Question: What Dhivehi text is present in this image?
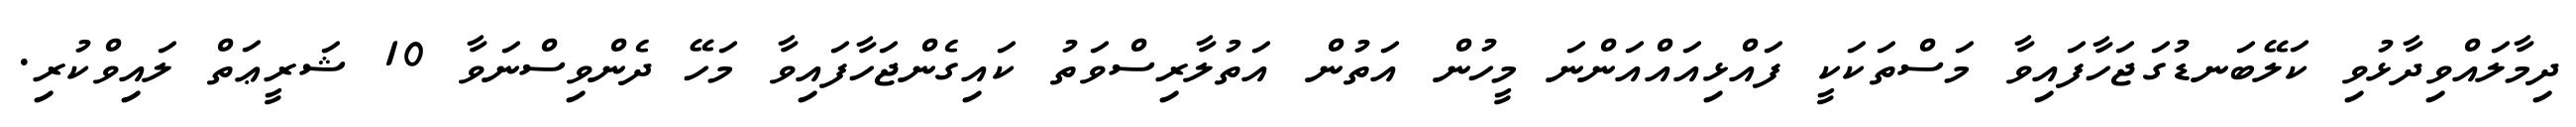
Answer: ދިމާލައްވިދާޅުވި ކަލޭބަނޑުގަޖަހާފައިވާ މަސްތަކަކީ ފައްޅިއައްއަންނަ މީހުން އަތުން އަތުލާރިސްވަތު ކައިގެންޖަހާފައިވާ މަހޭ ދެންވިސްނަވާ 10 ޝަރީޢަތް ލައިވްކުރި.